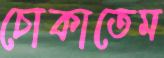
চোকাতেম